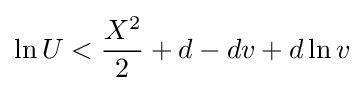
\ln U<{\frac {X^{2}}{2}}+d-dv+d\ln v